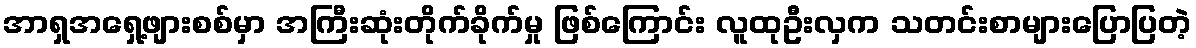
အာရှအရှေ့ဖျားစစ်မှာ အကြီးဆုံးတိုက်ခိုက်မှု ဖြစ်ကြောင်း လူထုဦးလှက သတင်းစာများပြောပြတဲ့